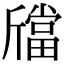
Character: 𣃉